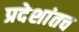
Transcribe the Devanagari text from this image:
प्रदेशांतच